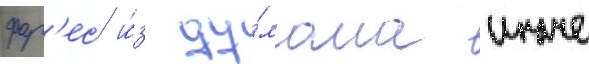
фар'ес и́з ду́мала иначе